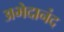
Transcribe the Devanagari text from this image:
अभेदानंद